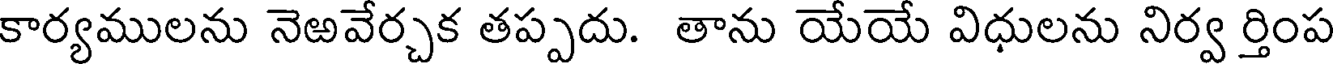
కార్యములను నెఱవేర్చక తప్పదు. తాను యేయే విధులను నిర్వ ర్తింప